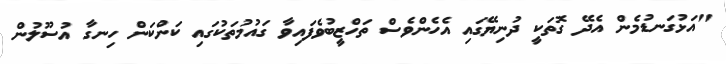
"އަޅުގަނޑުމެން އެދޭ ގޮތަކީ ދުނިޔޭގައި އެހެންވެސް ތަހްޒީބުވެފައިވާ ގައުމުތަކުގައި ކަންކަން ހިނގާ އުސޫލުން